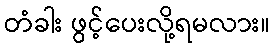
တံခါး ဖွင့်ပေးလို့ရမလား။